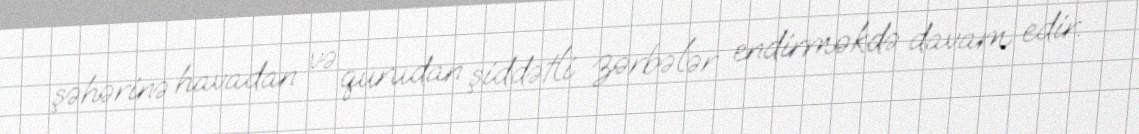
şəhərinə havadan və qurudan şiddətli zərbələr endirməkdə davam edir.